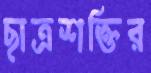
ছাত্রশক্তির